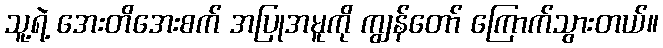
သူ့ရဲ့ အေးတိအေးစက် အပြုအမူကို ကျွန်တော် ကြောက်သွားတယ်။